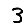
Digit: 3